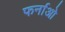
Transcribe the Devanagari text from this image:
फर्नाओ